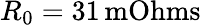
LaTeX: R_{0}=31\, \mathrm{mOhms}